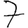
Digit: 7